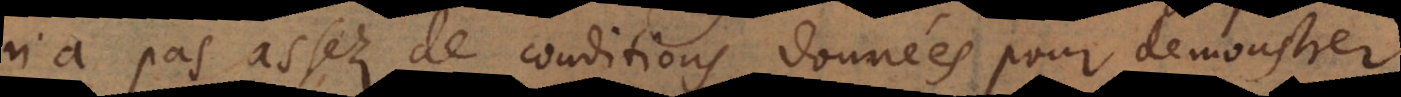
n’a pas assez de conditions données pour demonstrer